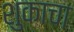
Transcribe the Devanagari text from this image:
शुकाचा